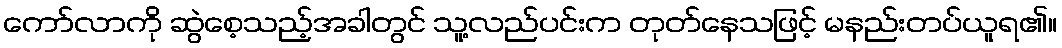
ကော်လာကို ဆွဲစေ့သည့်အခါတွင် သူ့လည်ပင်းက တုတ်နေသဖြင့် မနည်းတပ်ယူရ၏။